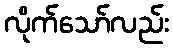
လိုက်သော်လည်း